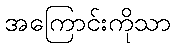
အကြောင်းကိုသာ